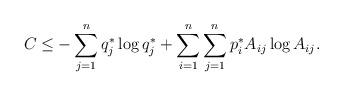
LaTeX: \begin{align*}C \le -\sum_{j=1}^n{q^*_j\log{q^*_j}} + \sum_{i=1}^{n}\sum_{j=1}^{n} {p_i ^*A_{ij}} \log {A_{ij}}.\end{align*}